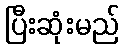
ပြီးဆုံးမည်